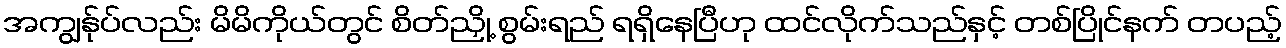
အကျွန်ုပ်လည်း မိမိကိုယ်တွင် စိတ်ညှို့ စွမ်းရည် ရရှိနေပြီဟု ထင်လိုက်သည်နှင့် တစ်ပြိုင်နက် တပည့်